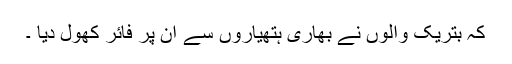
کہ بتریک والوں نے بھاری ہتھیاروں سے اُن پر فائر کھول دیا ۔